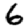
Digit: 6